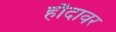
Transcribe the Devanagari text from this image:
हौदावर